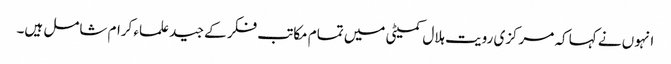
انہوں نے کہا کہ مرکزی رویت ہلال کمیٹی میں تمام مکاتب فکر کے جید علماء کرام شامل ہیں۔